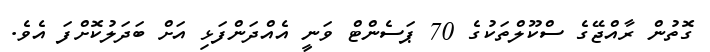
ގޮތުން ރާއްޖޭގެ ސްކޫލްތަކުގެ 70 ޕަސެންޓް ވަނީ އެއްދަންފަޅި އަށް ބަދަލުކޮށްފަ އެވެ.